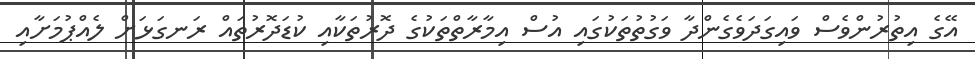
އޭގެ އިތުރުންވެސް ވައިގަދަވެގެންދާ ވަގުތުތަކުގައި އުސް އިމާރާތްތަކުގެ ދޮރުތަކާއި ކުޑަދޮރުތައް ރަނގަޅަށް ލެއްޕުމަށާއި